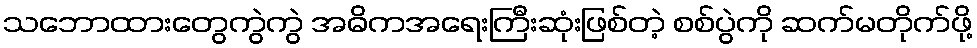
သဘောထားတွေကွဲကွဲ အဓိကအရေးကြီးဆုံးဖြစ်တဲ့ စစ်ပွဲကို ဆက်မတိုက်ဖို့